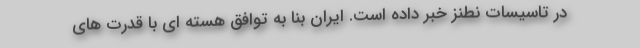
در تاسیسات نطنز خبر داده است. ایران بنا به توافق هسته ای با قدرت های